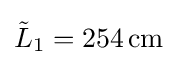
{\tilde {L}}_{1}=254\,{\text{cm}}